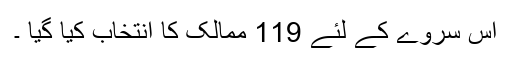
اس سروے کے لئے 119 ممالک کا انتخاب کیا گیا ۔